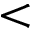
<